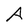
Character: A